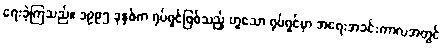
ရေးခဲ့ကြသည်။ ၁၉၉၅ ခုနှစ်က ရုပ်ရှင်ဖြစ်သည့် ဟူသော ရုပ်ရှင်မှာ အရေးအခင်းကာလအတွင်